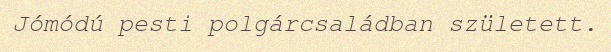
Jómódú pesti polgárcsaládban született.